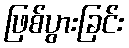
ဖြစ်ပွားခြင်း